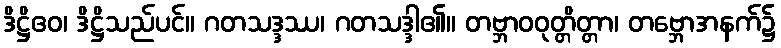
ဒိဋ္ဌိဧဝ၊ ဒိဋ္ဌိသည်ပင်။ ဂတသဒ္ဒဿ၊ ဂတသဒ္ဒါ၏။ တဗ္ဘာဝဝုတ္တိတ္တာ၊ တဗ္ဘောအနက်၌